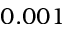
0 . 0 0 1